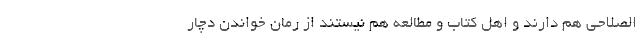
الصلاحی هم دارند و اهل کتاب و مطالعه هم نیستند از رُمان خواندن دچار